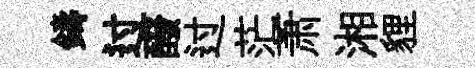
鑄过醱过茫萧湘貍